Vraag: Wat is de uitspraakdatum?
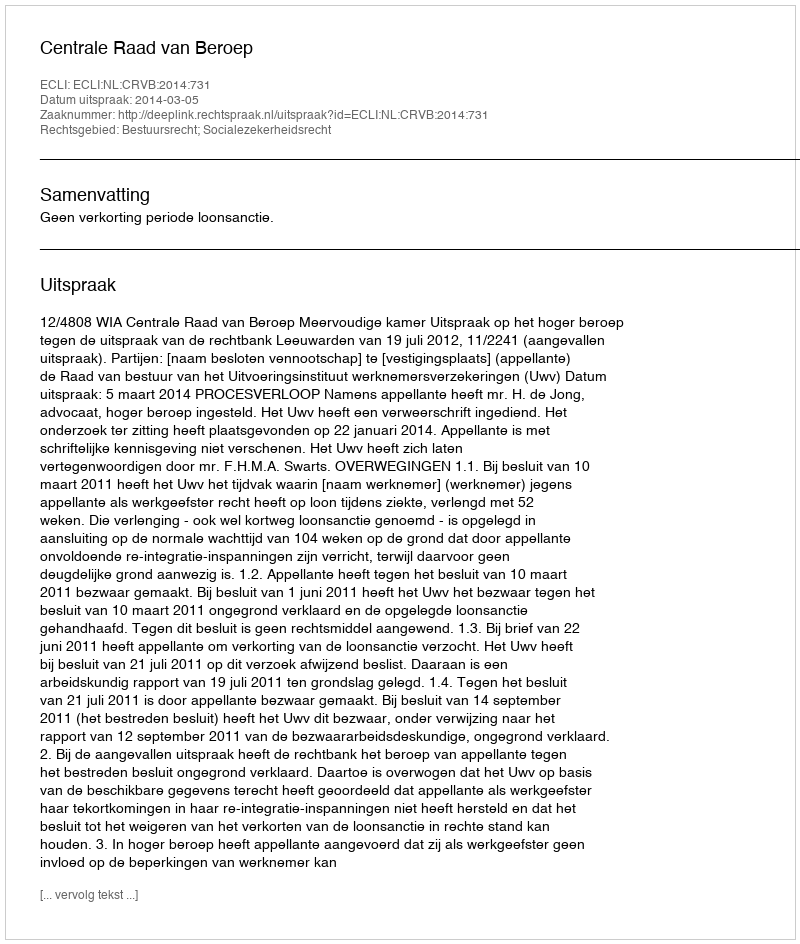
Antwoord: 2014-03-05